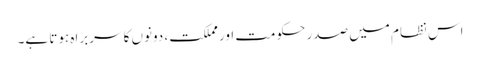
اس نظام میں صدر حکومت اور مملکت، دونوں کا سربراہ ہوتا ہے۔